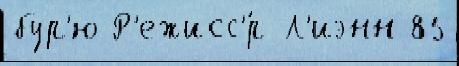
бур'ю Р'ежисс'́р Л'иэнн 85